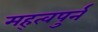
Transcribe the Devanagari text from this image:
मह्त्वपुर्न